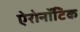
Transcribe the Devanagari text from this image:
ऐरोनॉटिक